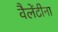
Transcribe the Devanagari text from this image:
वैलेंटीना